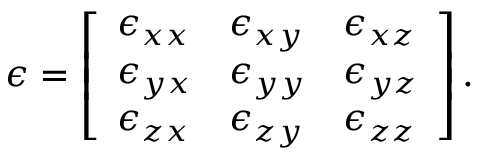
{ \boldsymbol { \epsilon } } = \left[ { \begin{array} { l l l } { \epsilon _ { x x } } & { \epsilon _ { x y } } & { \epsilon _ { x z } } \\ { \epsilon _ { y x } } & { \epsilon _ { y y } } & { \epsilon _ { y z } } \\ { \epsilon _ { z x } } & { \epsilon _ { z y } } & { \epsilon _ { z z } } \end{array} } \right] .